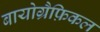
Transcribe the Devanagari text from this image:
बायोग्रैफ़िकल